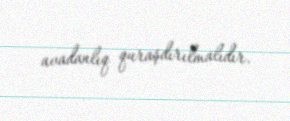
avadanlıq quraşdırılmalıdır.